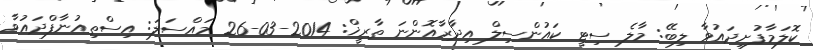
ކޮލަމާފުށިދައުވާ ލިބޭ: މާލެ ސިޓީ ކައުންސިލް އިދާރާއޮންނަ ތާރީޚް: 2014-03-26 މައްސަލަ: އިސްތިއުނާފްދައުވާ